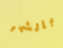
بالشهر